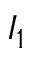
I _ { 1 }